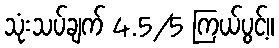
သုံးသပ်ချက် 4.5/5 ကြယ်ပွင့်။